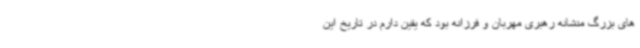
های بزرگ منشانه رهبری مهربان و فرزانه بود که یقین دارم در تاریخ این